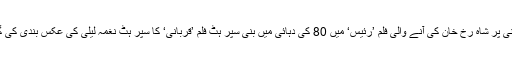
سنی لیونی پر شاہ رخ خان کی آنے والی فلم ’رئیس‘ میں 80 کی دہائی میں بنی سپر ہٹ فلم ’قربانی‘ کا سپر ہٹ نغمہ لیلی کی عکس بندی کی گئی ہے۔